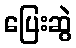
ပြေးဆွဲ